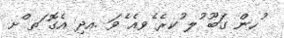
ުހން ގަބޫ ުލ ުކރެ ެވއެ ެވަ .އދި އެގޮ ަތ ްށ